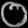
Digit: ၀